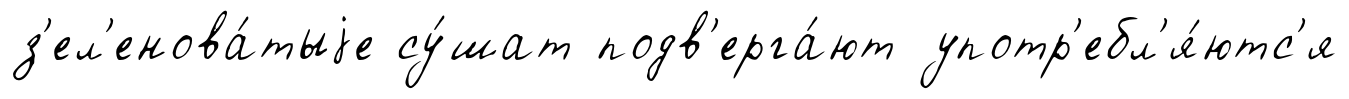
з'ел'енова́тыjе су́шат подв'ерга́ют употр'ебл'я́ютс'я